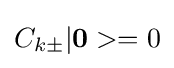
C_{k\pm }|\mathbf {0} >=0